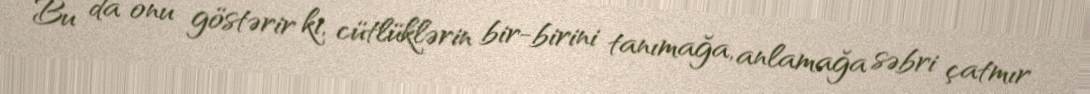
Bu da onu göstərir ki, cütlüklərin bir-birini tanımağa, anlamağa səbri çatmır